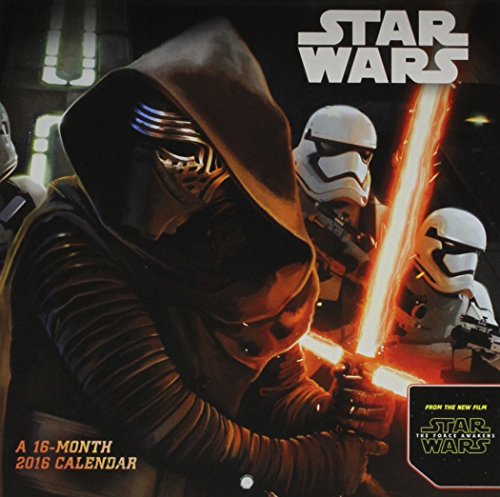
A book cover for Star Wars Episode VII 2016 Mini Calendar; Trends International; Calendars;